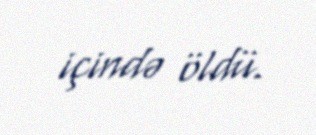
içində öldü.